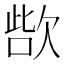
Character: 𣣊